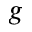
g